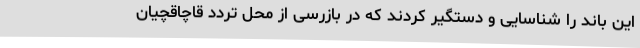
این باند را شناسایی و دستگیر کردند که در بازرسی از محل تردد قاچاقچیان